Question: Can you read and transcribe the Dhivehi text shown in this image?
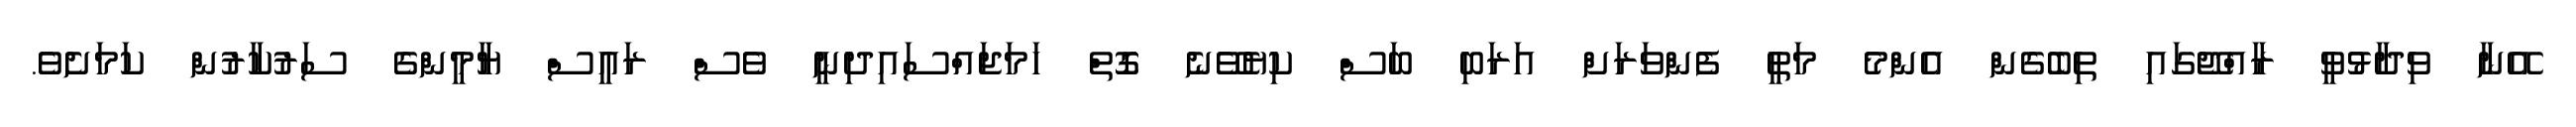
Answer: އޭނާ ވިދާޅުވީ ރާއްޖޭގައި ތިބެގެން އެންމެ މަތީ ފެންވަރަށް އަރަބި ބަސް ކިޔެވޭނެ ގޮތް ހަމަޖައްސައިދިނީ ވެސް ރައީސް ޔާމީންގެ ސަރުކާރުން ކަމަށެވެ.